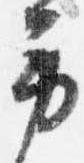
労